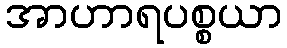
အာဟာရပစ္စယာ